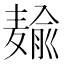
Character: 𱋠